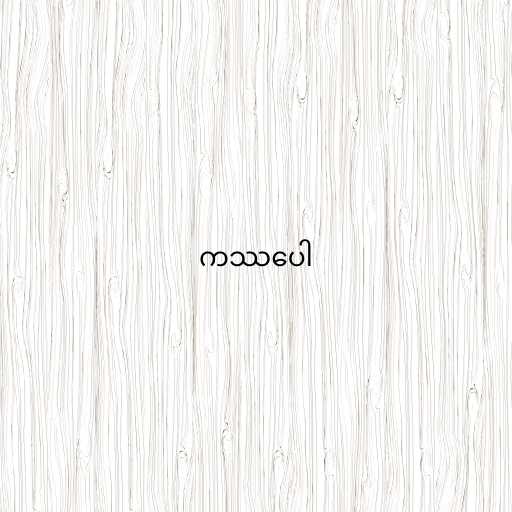
ကဿပေါ